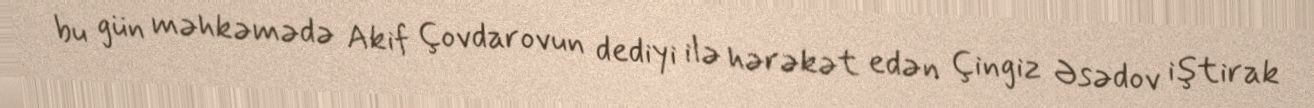
bu gün məhkəmədə Akif Çovdarovun dediyi ilə hərəkət edən Çingiz Əsədov iştirak